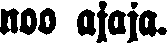
noo ajaja.